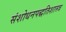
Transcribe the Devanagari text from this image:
संशोधनपद्धतिशास्त्र